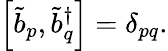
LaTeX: \left[\tilde{b}_{p},\tilde{b}_{q}^{\dagger}\right]=\delta_{pq}.